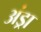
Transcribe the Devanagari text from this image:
अंड्रा